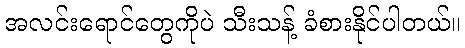
အလင်းရောင်တွေကိုပဲ သီးသန့် ခံစားနိုင်ပါတယ်။